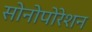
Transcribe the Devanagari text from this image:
सोनोपोरेशन